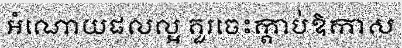
អំណោយផលល្អ គួរចេះក្តាប់ឱកាស